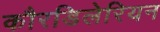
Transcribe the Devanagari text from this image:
कौरडिलेरियन